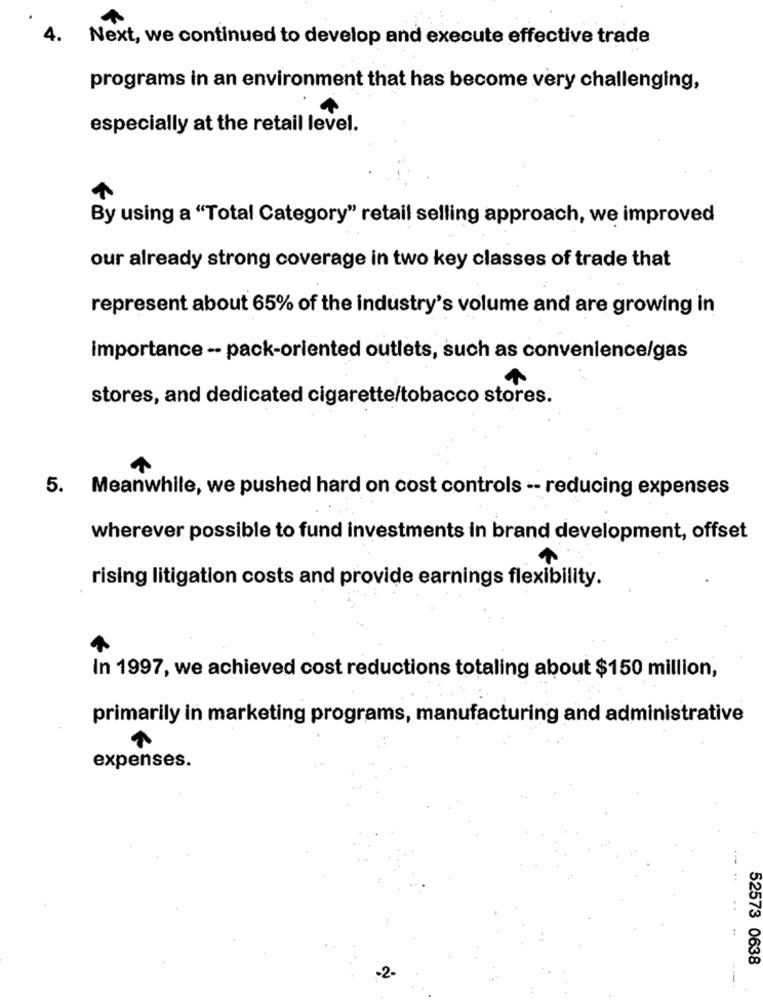
4. Next, we continued to develop and execute effective trade
programs in an environment that has become very challenging,
especially at the retail level.
By using a "Total Category" retail selling approach, we improved
our already strong coverage in two key classes of trade that
represent about 65% of the industry's volume and are growing in
importance -· pack-oriented outlets, such as convenience/gas
stores, and dedicated cigarette/tobacco stores.
5. Meanwhile, we pushed hard on cost controls -- reducing expenses
wherever possible to fund investments in brand development, offset
rising litigation costs and provide earnings flexibility.
In 1997, we achieved cost reductions totaling about $150 million,
primarily in marketing programs, manufacturing and administrative
expenses.
52573 0638
-2-
----